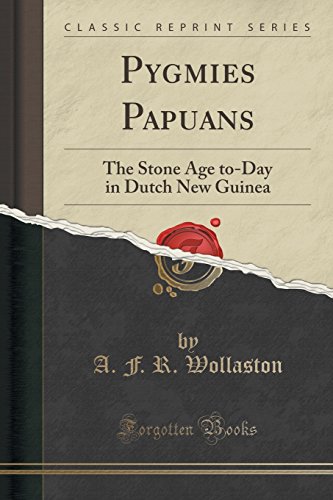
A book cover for Pygmies Papuans: The Stone Age to-Day in Dutch New Guinea (Classic Reprint); A. F. R. Wollaston; Travel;